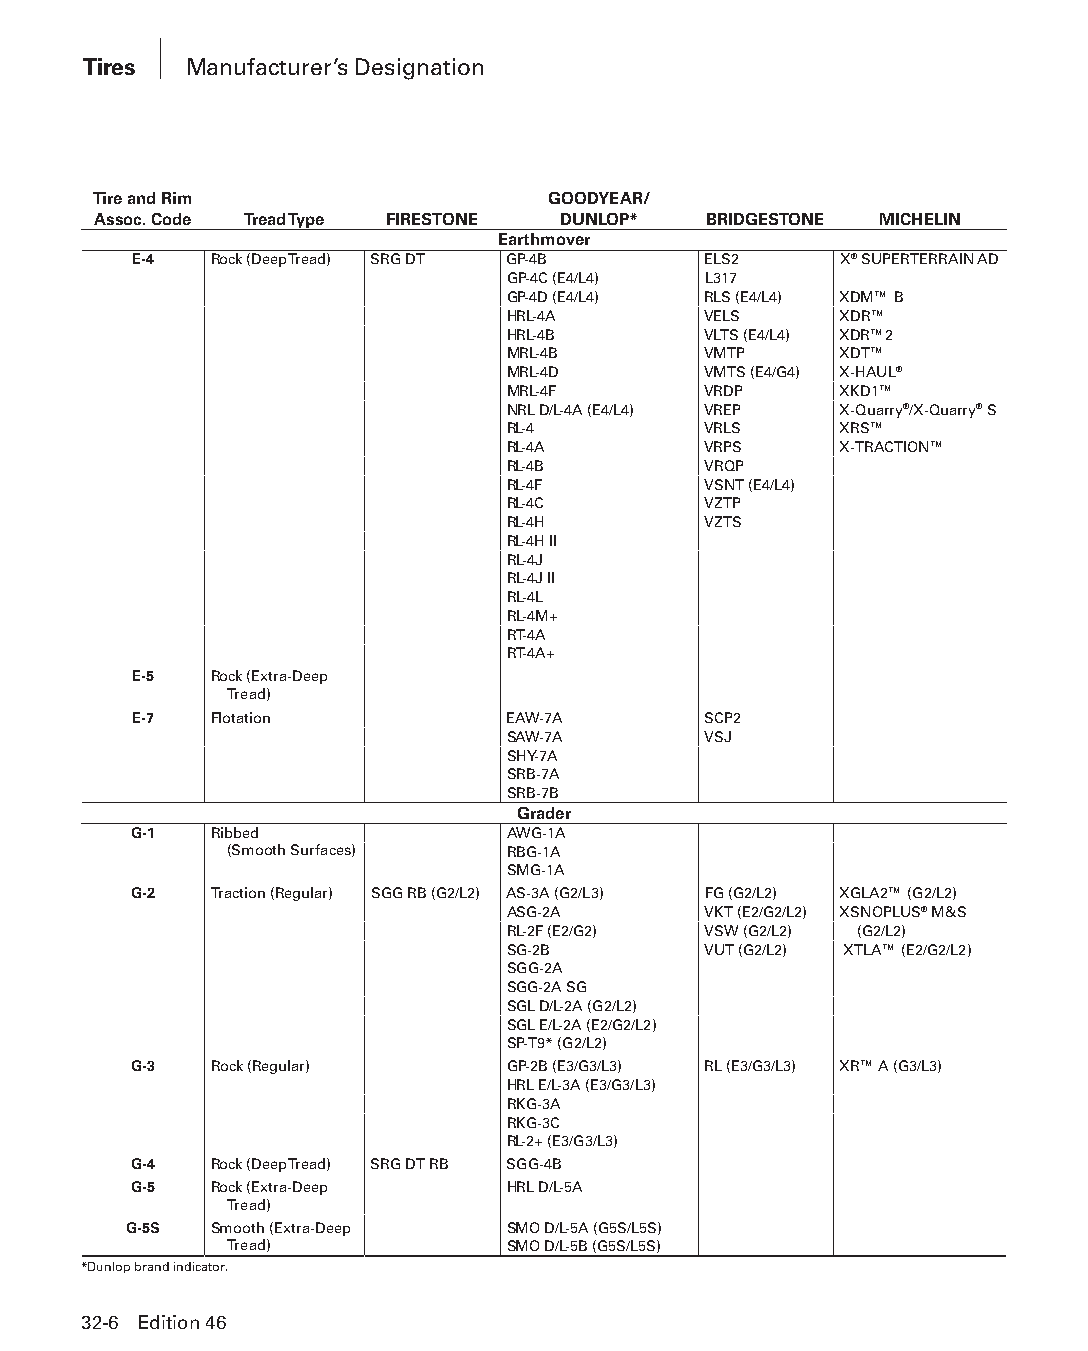
Tires  Manufacturer’s Designation
 Tire and Rim                  GOODYEAR/
 Assoc. Code Tread Type FIRESTONE DUNLOP* BRIDGESTONE MICHELIN
 Earthmover
 E-4  Rock (Deep Tread) SRG DT GP-4B   ELS2     X® SUPER TERRAIN AD
 GP-4C (E4/L4) L317
 GP-4D (E4/L4) RLS (E4/L4) XDM™ B
 HRL-4A       VELS     XDR™
 HRL-4B       VLTS (E4/L4) XDR™2
 MRL-4B       VMTP     XDT™
 MRL-4D       VMTS (E4/G4) X-HAUL®
 MRL-4F       VRDP     XKD1™
 NRL D/L-4A (E4/L4) VREP X-Quarry®/X-Quarry® S
 RL-4         VRLS     XRS™
 RL-4A        VRPS     X-TRACTION™
 RL-4B        VRQP
 RL-4F        VSNT (E4/L4)
 RL-4C        VZTP
 RL-4H        VZTS
 RL-4H II
 RL-4J
 RL-4J II
 RL-4L
 RL-4M+
 RT-4A
 RT-4A+
 E-5  Rock (Extra-Deep
 Tread)
 E-7  Flotation           EAW-7A       SCP2
 SAW-7A       VSJ
 SHY-7A
 SRB-7A
 SRB-7B
 Grader
 G-1  Ribbed              AWG-1A
 (Smooth Surfaces)  RBG-1A
 SMG-1A
 G-2  Traction (Regular) SGG RB (G2/L2) AS-3A (G2/L3) FG (G2/L2) XGLA2™ (G2/L2)
 ASG-2A       VKT (E2/G2/L2) XSNOPLUS® M&S
 RL-2F (E2/G2) VSW (G2/L2) (G2/L2)
 SG-2B        VUT (G2/L2) XTLA™ (E2/G2/L2)
 SGG-2A
 SGG-2A SG
 SGL D/L-2A (G2/L2)
 SGL E/L-2A (E2/G2/L2)
 SP-T9* (G2/L2)
 G-3  Rock (Regular)      GP-2B (E3/G3/L3) RL (E3/G3/L3) XR™ A (G3/L3)
 HRL E/L-3A (E3/G3/L3)
 RKG-3A
 RKG-3C
 RL-2+ (E3/G3/L3)
 G-4  Rock (Deep Tread) SRG DT RB SGG-4B
 G-5  Rock (Extra-Deep    HRL D/L-5A
 Tread)
 G-5S Smooth (Extra-Deep  SMO D/L-5A (G5S/L5S)
 Tread)             SMO D/L-5B (G5S/L5S)
 *Dunlop brand indicator.
 32-6 Edition 46
 PPHHBB--SSeecc3322--1166..iinndddd 66                          1122//44//1155 1111::2244 AAMM